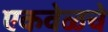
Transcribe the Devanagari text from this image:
एकवेळचे